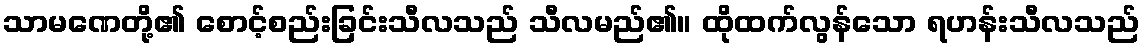
သာမဏေတို့၏ စောင့်စည်းခြင်းသီလသည် သီလမည်၏။ ထိုထက်လွန်သော ရဟန်းသီလသည်